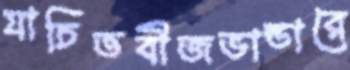
যাচিতবীজভান্ডারে